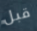
قبل